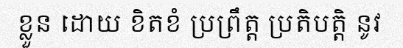
ខ្លួន ដោយ ខិតខំ ប្រព្រឹត្ត ប្រតិបត្តិ នូវ